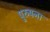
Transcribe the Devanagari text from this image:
पुरुषना